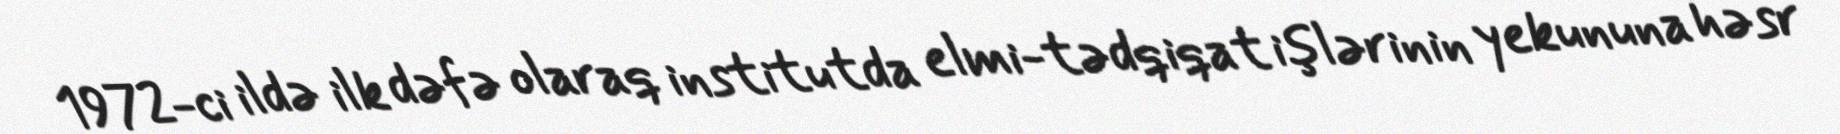
1972-ci ildə ilk dəfə olaraq institutda elmi-tədqiqat işlərinin yekununa həsr